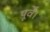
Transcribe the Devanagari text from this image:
पूर्वे।